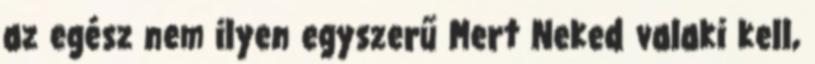
az egész nem ilyen egyszerű Mert Neked valaki kell,